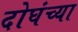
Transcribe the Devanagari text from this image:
दोघंच्या